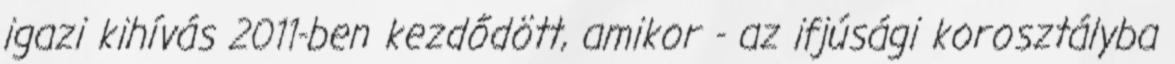
igazi kihívás 2011-ben kezdődött, amikor - az ifjúsági korosztályba